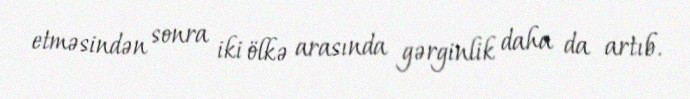
etməsindən sonra iki ölkə arasında gərginlik daha da artıb.